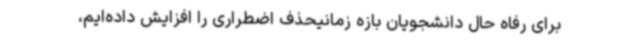
برای رفاه حال دانشجویان بازه زمانیحذف اضطراری را افزایش داده‌ایم،